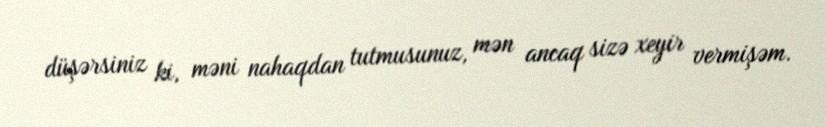
düşərsiniz ki, məni nahaqdan tutmusunuz, mən ancaq sizə xeyir vermişəm.